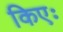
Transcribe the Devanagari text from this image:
किएः